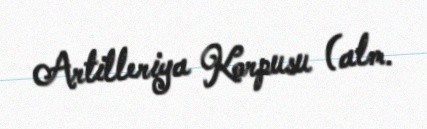
Artilleriya Korpusu (alm.